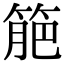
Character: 䈈